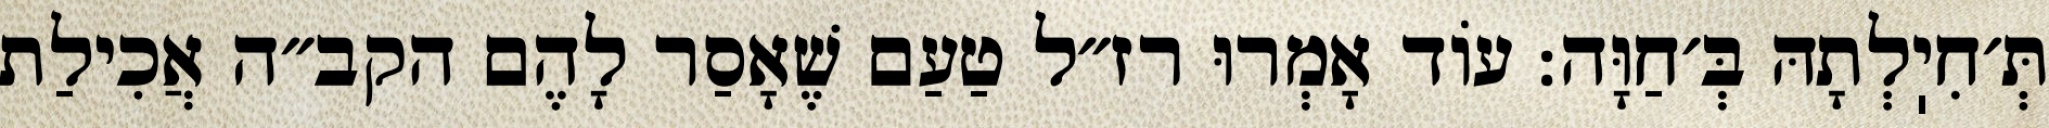
תְּ׳חִיֽלְתָהּ בְּ׳חַוָּה: עוֹד אָמְרוּ רז״ל טַעַם שֶׁאָסַר לָהֶם הקב״ה אֲכִילַת